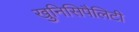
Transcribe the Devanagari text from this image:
खुनिसिपैलिटी